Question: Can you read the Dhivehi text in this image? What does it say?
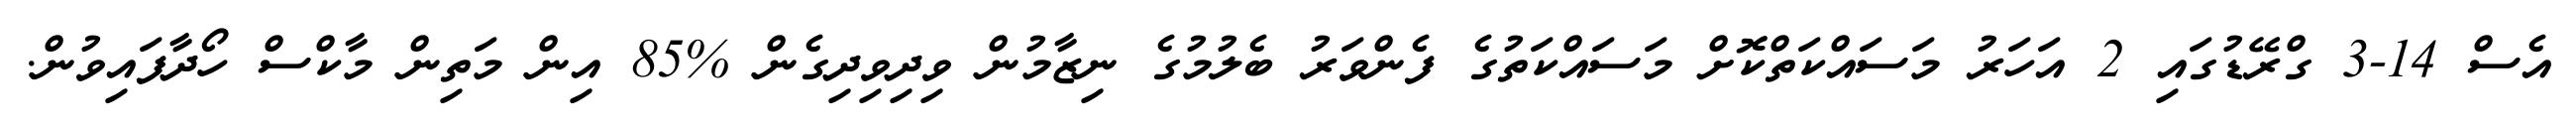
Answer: އެސް 14-3 ގްރޭޑުގައި 2 އަހަރު މަސައްކަތްކޮށް މަސައްކަތުގެ ފެންވަރު ބެލުމުގެ ނިޒާމުން ވިދިވިދިގެން %85 އިން މަތިން މާކްސް ހޯދާފައިވުން.